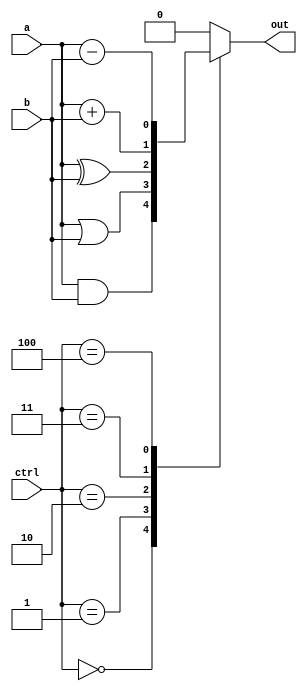
module alu_1_bit(
    input wire a,
    input wire b,
    input wire[2:0] ctrl,
    output reg out
);

always @(*)
begin
    case(ctrl)
        3'b000: out = a & b; // AND operation
        3'b001: out = a | b; // OR operation
        3'b010: out = a ^ b; // XOR operation
        3'b011: out = a + b; // Addition operation
        3'b100: out = a - b; // Subtraction operation
        default: out = 1'b0; // Default output
    endcase
end

endmodule